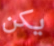
يكن